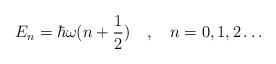
\begin{align*}E_n = \hbar \omega (n+{1\over 2})\quad,\quad n=0,1,2\ldots\end{align*}